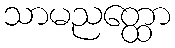
သာမညတ္ထော